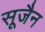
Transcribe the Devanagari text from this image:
सूजैन